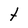
Character: t